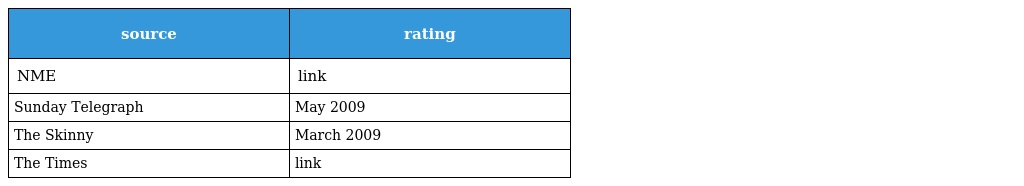
| source | rating |
 | --- | --- |
 | NME | link |
 | Sunday Telegraph | May 2009 |
 | The Skinny | March 2009 |
 | The Times | link |